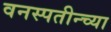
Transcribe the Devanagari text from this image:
वनस्पतीन्च्या